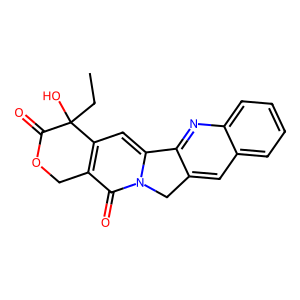
SMILES: CCC1(O)C(=O)OCc2c1cc1n(c2=O)Cc2cc3ccccc3nc2-1
Inhibits HIV replication: No